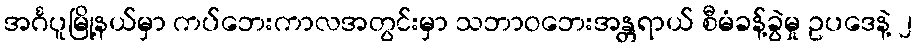
အင်္ဂပူမြို့နယ်မှာ ကပ်ဘေးကာလအတွင်းမှာ သဘာဝဘေးအန္တရာယ် စီမံခန့်ခွဲမှု ဥပဒေနဲ့ ၂